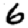
Digit: 6